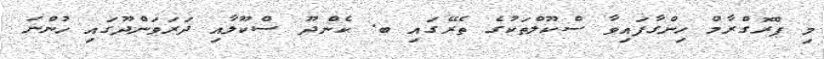
މި ޕްރޮގްރާމް ހިންގާފައިވާ ސްކޫލްތަކުގެ ތެރޭގައި ބ. ކެންދޫ ސްކޫލާއި ދަރަވަންދޫގައި ހުންނަ